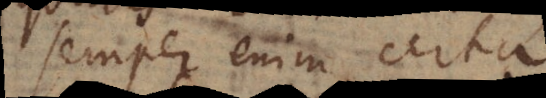
semper enim certa